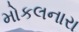
મોકલનારા